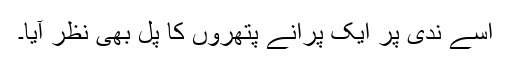
اسے ندی پر ایک پرانے پتھروں کا پل بھی نظر آیا۔